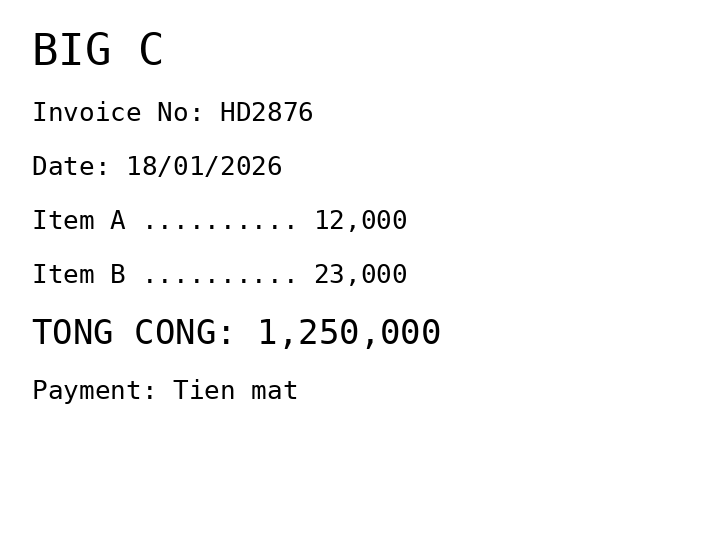
BIG C
Invoice No: HD2876
Date: 18/01/2026
Item A .......... 12,000
Item B .......... 23,000
TONG CONG: 1,250,000
Payment: Tien mat
Merchant: big c
Date: 2026-01-18
Total: 1250000
Invoice No: HD2876
Payment method: CASH